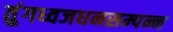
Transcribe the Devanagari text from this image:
तुंगध्वजधनसम्पन्न